Lunatic asylums Central Provinces reports 1895-1909 - 1895-1909
Year: 1895
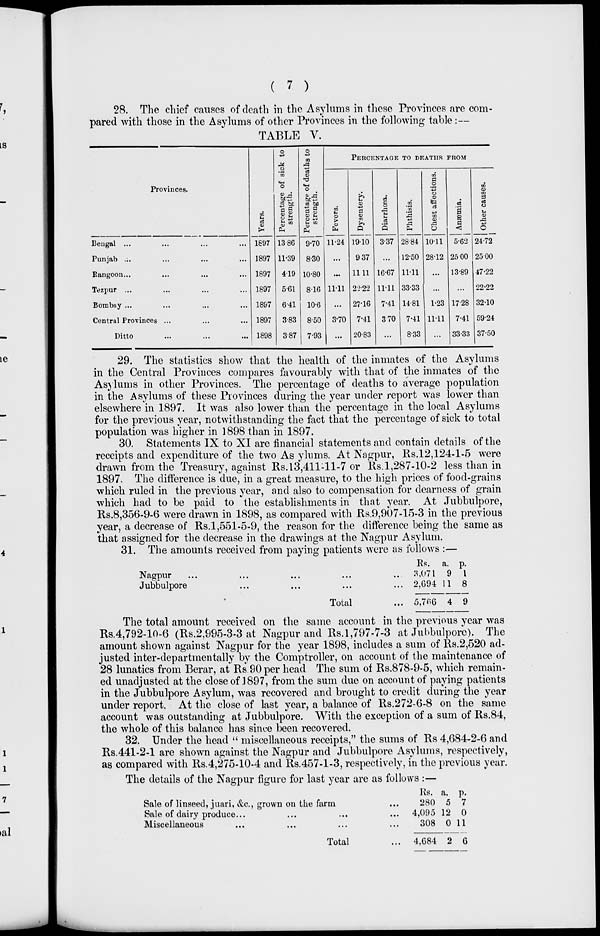
( 7 )
28. The chief causes of death in the Asylums in these Provinces are com-
pared with those in the Asylums of other Provinces in the following table:—
TABLE V.
Provinces.
Bengal ... ... ... ...
Punjab ... ... ... ...
Rangoon ... ... ... ...
Tezpur ... ... ... ...
Bombny ... ... ... ...
Central Provinces ... ... ...
Ditto ... ... ...
Years.
1897
1897
1897
1897
1897
1897
1898
Percentage of sick to
strength.
13.86
11.39
4.19
5.61
6.41
3.83
3.87
Percentage of deaths to
strength.
9.70
8.30
10.80
8.16
10.6
8.50
7.93
PERCENTAGE TO DEATHS FROM
Fevers.
11.24
...
...
11.11
...
3.70
...
Dysentery.
19.10
9.37
11.11
22.22
27.16
7.41
20.83
Diarrhœa.
3.37
...
16.67
11.11
7.41
3.70
...
Phthisis.
28.84
12.50
11.11
33.33
14.81
7.41
8.33
Chest affections.
10.11
28.12
...
...
1.23
11.11
...
Anæmia.
5.62
25.00
13.89
...
17.28
7.41
33.33
Other causes.
24.72
25.00
47.22
22.22
32.10
59.24
37.50
29. The statistics show that the health of the inmates of the Asylums
in the Central Provinces compares favourably with that of the inmates of the
Asylums in other Provinces. The percentage of deaths to average population
in the Asylums of these Provinces during the year under report was lower than
elsewhere in 1897. It was also lower than the percentage in the local Asylums
for the previous year, notwithstanding the fact that the percentage of sick to total
population was higher in 1898 than in 1897.
30. Statements IX to XI are financial statements and contain details of the
receipts and expenditure of the two Asylums. At Nagpur, Rs.12,124-1-5 were
drawn from the Treasury, against Rs. 13,411-11-7 or Rs.1,287-10-2 less than in
1897. The difference is due, in a great measure, to the high prices of food-grains
which ruled in the previous year, and also to compensation for dearness of grain
which had to be paid to the establishments in that year. At Jubbulpore,
Rs.8,356-9-6 were drawn in 1898, as compared with Rs.9,907-15-3 in the previous
year, a decrease of Rs.1,551-5-9, the reason for the difference being the same as
that assigned for the decrease in the drawings at the Nagpur Asylum.
31. The amounts received from paying patients were as follows :—
Nagpur ... ... ... ...
Jubbulpore ... ... ...
Total ...
Rs.
3.071
2,694
5,766
a.
9
11
4
p.
1
8
9
The total amount received on the same account in the previous year was
Rs.4,792-10-6 (Rs.2,995-3-3 at Nagpur and Rs.1,797-7-3 at Jubbulpore). The
amount shown against Nagpur for the year 1898, includes a sum of Rs.2,520 ad-
justed inter-departmentally by the Comptroller, on account of the maintenance of
28 lunatics from Berar, at Rs 90 per head The sum of Rs.878-9-5, which remain-
ed unadjusted at the close of 1897, from the sum due on account of paying patients
in the Jubbulpore Asylum, was recovered and brought to credit during the year
under report. At the close of last year, a balance of Rs.272-6-8 on the same
account was outstanding at Jubbulpore. With the exception of a sum of Rs.84,
the whole of this balance has since been recovered.
32. Under the head " miscellaneous receipts," the sums of Rs 4,684-2-6 and
Rs.441-2-1 are shown against the Nagpur and Jubbulpore Asylums, respectively,
as compared with Rs.4,275-10-4 and Rs.457-1-3, respectively, in the previous year.
The details of the Nagpur figure for last year are as follows :—
Sale of linseed, juari, &c, grown on the farm ...
Sale of dairy produce ... ... ... ...
Miscellaneous ... ... ... ...
Total ...
Rs.
280
4,095
308
4,684
a.
5
12
0
2
p.
7
0
11
6